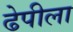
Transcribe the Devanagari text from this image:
ढेपीला